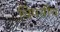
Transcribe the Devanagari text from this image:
विपनीय